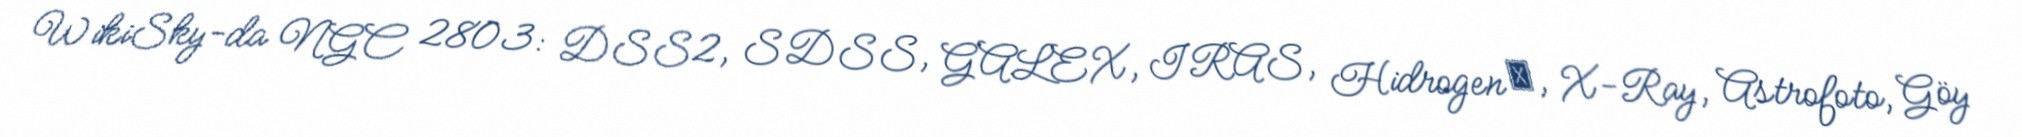
WikiSky-da NGC 2803: DSS2, SDSS, GALEX, IRAS, Hidrogen α, X-Ray, Astrofoto, Göy